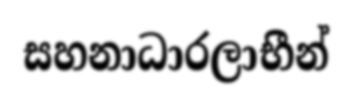
සහනාධාරලාභීන්